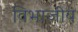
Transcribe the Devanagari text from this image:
विभाजीय